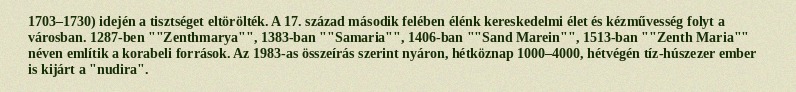
1703–1730) idején a tisztséget eltörölték. A 17. század második felében élénk kereskedelmi élet és kézművesség folyt a városban. 1287-ben ""Zenthmarya"", 1383-ban ""Samaria"", 1406-ban ""Sand Marein"", 1513-ban ""Zenth Maria"" néven említik a korabeli források. Az 1983-as összeírás szerint nyáron, hétköznap 1000–4000, hétvégén tíz-húszezer ember is kijárt a "nudira".